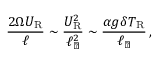
\frac { 2 \Omega U _ { \mathrm { R } } } { \ell } \sim \frac { U _ { \mathrm { R } } ^ { 2 } } { \ell _ { \perp } ^ { 2 } } \sim \frac { \alpha g \delta T _ { \mathrm { R } } } { \ell _ { \perp } } \, ,